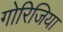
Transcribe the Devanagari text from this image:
गोरिजिया